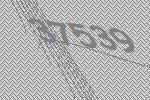
37539